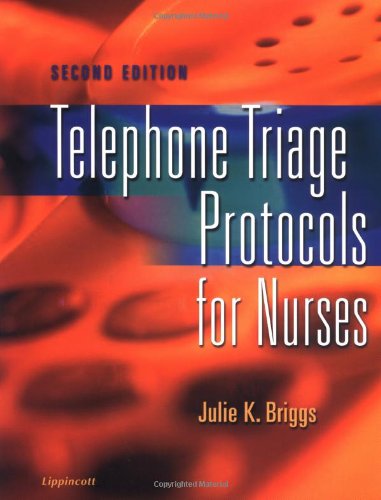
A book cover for Telephone Triage Protocols for Nurses; Julie K. Briggs; Medical Books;